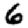
Digit: 6